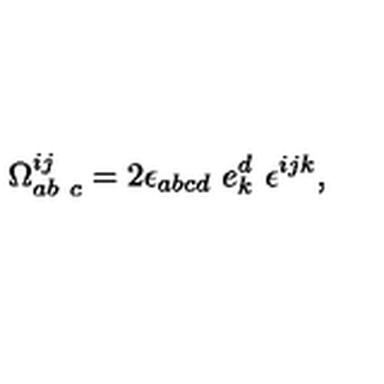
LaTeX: \Omega _ { a b \ c } ^ { i j } = 2 \epsilon _ { a b c d } \ e _ { k } ^ { d } \ \epsilon ^ { i j k } ,